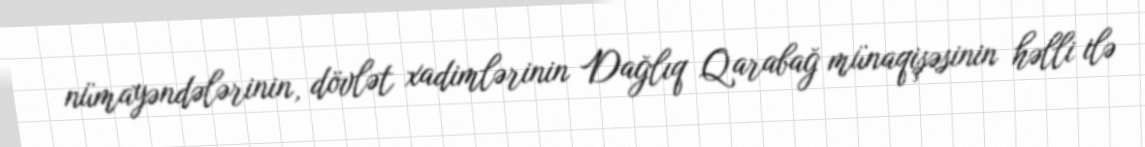
nümayəndələrinin, dövlət xadimlərinin Dağlıq Qarabağ münaqişəsinin həlli ilə